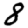
Digit: 8